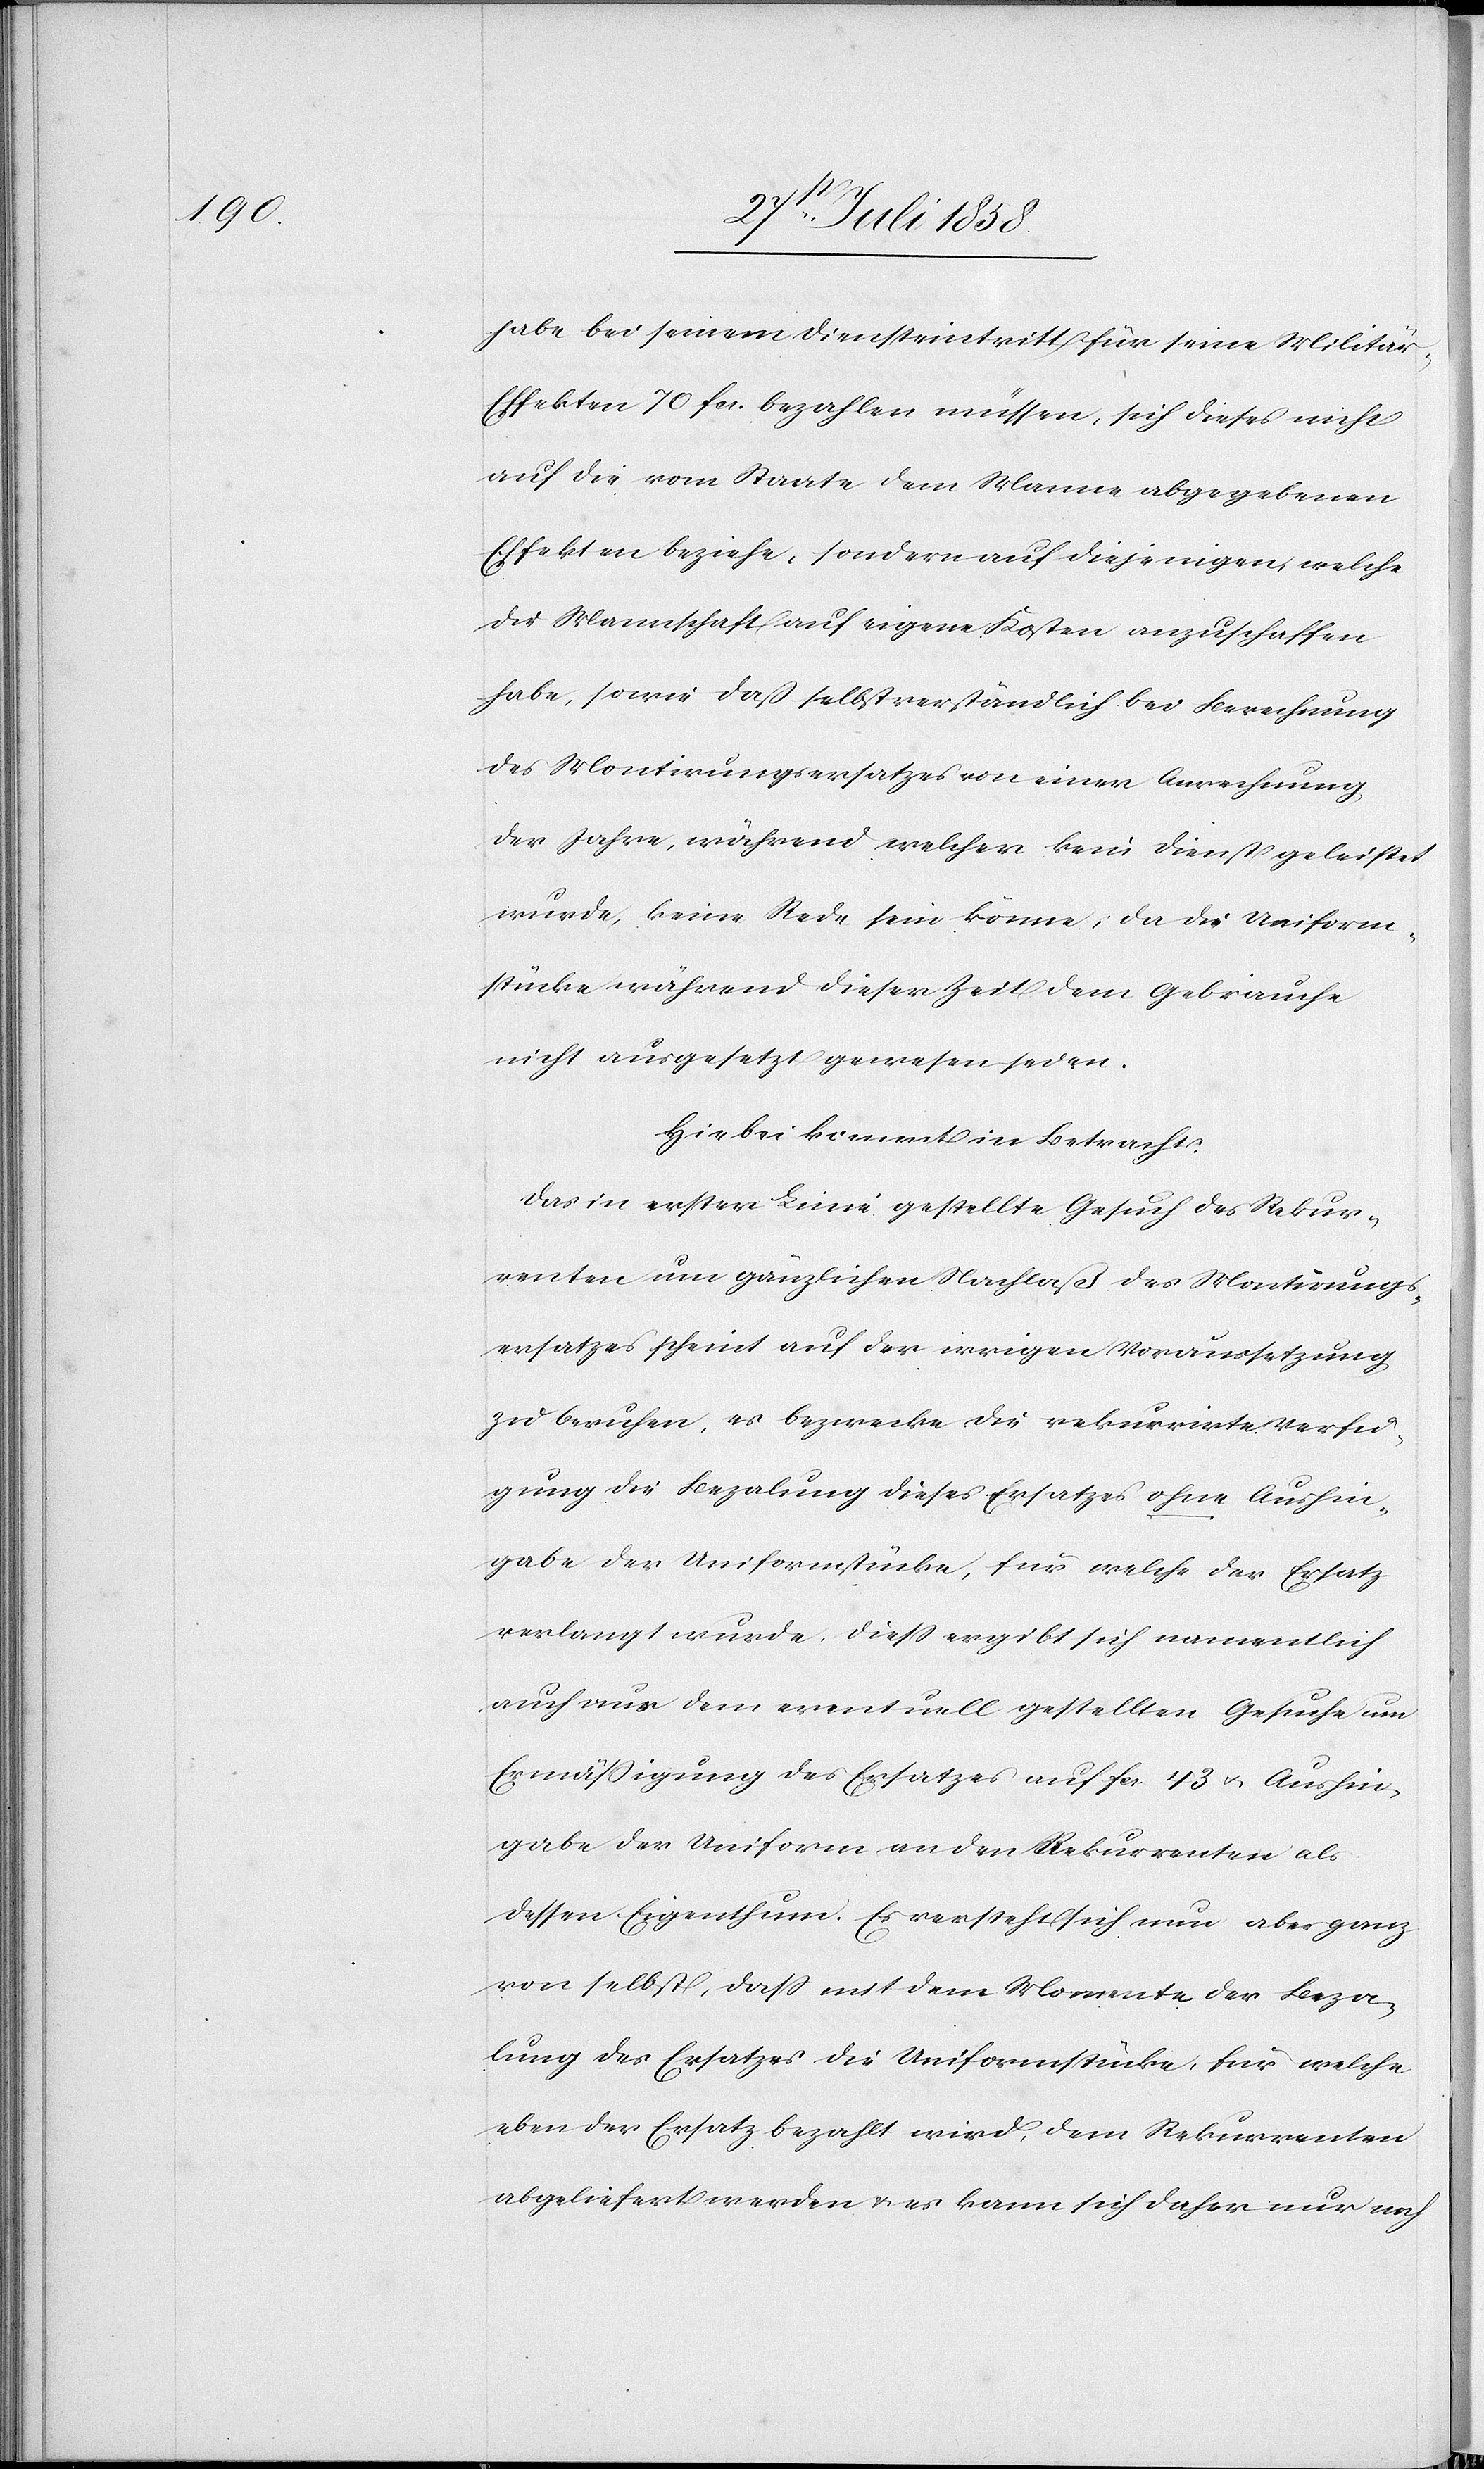
habe bei seinem Diensteintritt für seine Militär-E¬
ffekten 70 fcs. bezahlen müssen, sich dieses nicht
auf die vom Staate dem Manne abgegebenen
Effekten beziehe, sondern auf diejenigen, welche
die Mannschaft auf eigene Kosten anzuschaffen
habe, sowie daß selbstverständlich bei Berechnung
des Montirungsersatzes von einer Anrechnung
der Jahre, während welcher kein Dienst geleistet
wurde, keine Rede sein könne, da die Uniform¬
stücke während dieser Zeit dem Gebrauche
nicht ausgesetzt gewesen seien.
Hiebei kommt in Betracht:
Das in erster Linie gestellte Gesuch des Rekur¬
renten um gänzlichen Nachlaß des Montirungs¬
ersatzes scheint auf der irrigen Voraussetzung
zu beruhen, es bezwecke die rekurrirte Verfü¬
gung die Bezalung dieses Ersatzes ohne Aushin¬
gabe der Uniformstücke, für welche der Ersatz
verlangt wurde. Diess ergibt sich namentlich
auch aus dem eventuell gestellten Gesuche um
Ermäßigung des Ersatzes auf fcs. 43 & Aushin¬
gabe der Uniform an den Rekurrenten als
dessen Eigenthum. Es versteht sich nun aber ganz
von selbst, dass mit dem Momente der Beza¬
lung des Ersatzes die Uniformstücke, für welche
eben der Ersatz bezahlt wird, dem Rekurrenten
abgeliefert werden & es kann sich daher nur noch